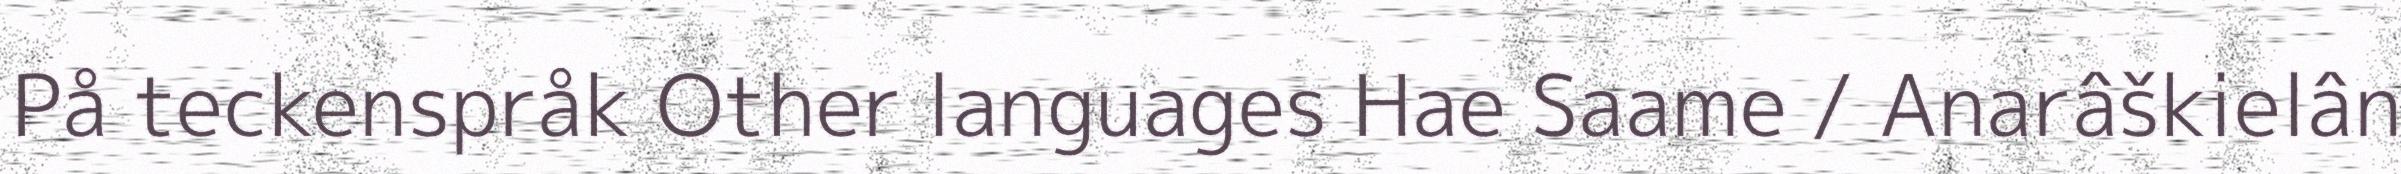
På teckenspråk Other languages Hae Saame / Anarâškielân